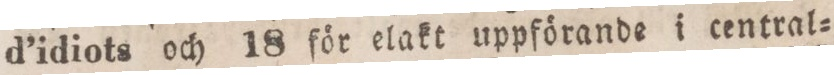
d’idiots och 18 för elakt uppförande i central=